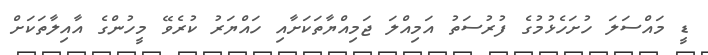
ޑީ މައްސަލަ ހުށަހެޅުމުގެ ފުރުސަތު އަމިއްލަ ޖަމިއްޔާތަކަށާއި ހައްޔަރު ކުރެވޭ މީހުންގެ އާއިލާތަކަށް